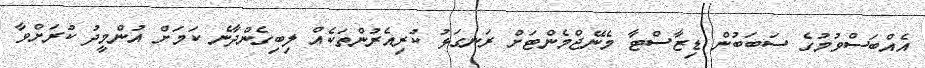
އެއްބަސްވުމުގެ ސަބަބުން ޑިޒާސްޓާ މެނޭޖްމެންޓަށް ރަނގަޅު ކުރިއެރުންތަކެއް ލިބިގެންދާނެ ކަމަށް އުންމީދު ކުރަށްވާ